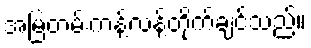
အမြဲတမ်းကန့်လန့်တိုက်ချင်သည်။